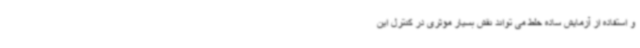
و استفاده از آزمایش ساده خلط می تواند نقش بسیار مؤثری در کنترل این